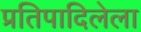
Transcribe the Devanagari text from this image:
प्रतिपादिलेला